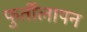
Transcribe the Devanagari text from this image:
फुर्तीलापन